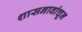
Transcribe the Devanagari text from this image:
शासनावांचून